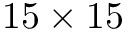
1 5 \times 1 5